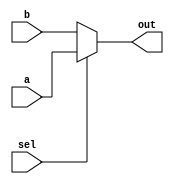
module mux #(parameter ADDR_WIDTH = 16) (
    output reg  [ADDR_WIDTH -1 :0] out,
    input  wire [ADDR_WIDTH -1 :0] a,
    input  wire [ADDR_WIDTH -1 :0] b,
    input  wire                    sel
);


always @(*) begin
    if (sel) begin
        out = a;
    end
    else begin
        out = b;
    end
end
endmodule